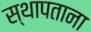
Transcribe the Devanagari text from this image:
स्थापताना